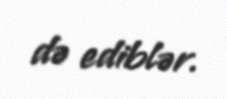
də ediblər.